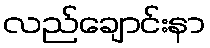
လည်ချောင်းနာ